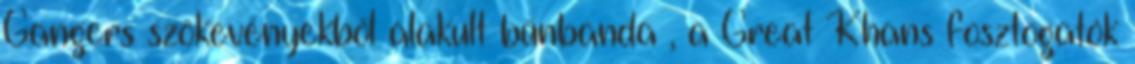
Gangers szökevényekből alakult bűnbanda , a Great Khans fosztogatók